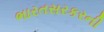
ભારતસરકરની